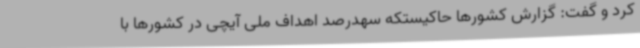
کرد و گفت: گزارش کشورها حاکیستکه سهدرصد اهداف ملی آیچی در کشورها با